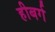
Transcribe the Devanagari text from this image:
हीबर्ग